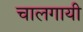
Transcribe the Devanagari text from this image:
चालगायी